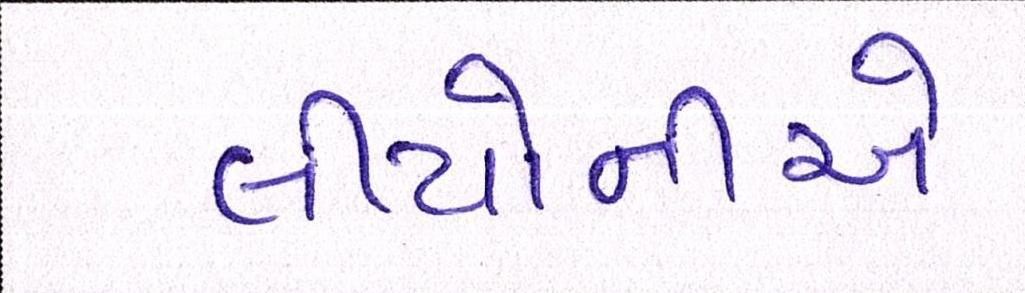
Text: લીયોનીએ